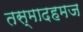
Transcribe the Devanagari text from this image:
तस्मादहमज